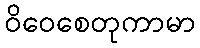
ဝိဝေစေတုကာမာ